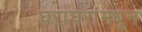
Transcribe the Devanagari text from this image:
घराघरांमधून